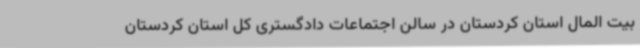
بیت المال استان کردستان در سالن اجتماعات دادگستری کل استان کردستان